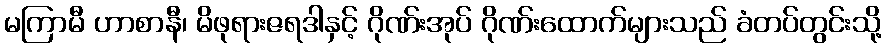
မကြာမီ ဟာစာနီ၊ မိဖုရားဇရဒါနှင့် ဂိုဏ်းအုပ် ဂိုဏ်းထောက်များသည် ခံတပ်တွင်းသို့